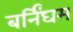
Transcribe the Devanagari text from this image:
बर्निंघम